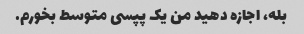
بله، اجازه دهید من یک پپسی متوسط ​​بخورم.